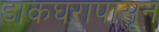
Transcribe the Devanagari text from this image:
डाकघरापासून